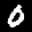
Label: 0